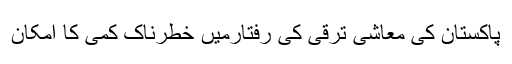
پاکستان کی معاشی ترقی کی رفتارمیں خطرناک کمی کا امکان